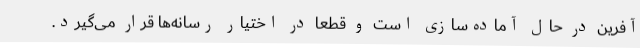
آفرین در حال آماده‌سازی است و قطعا در اختیار رسانه‌ها قرار می‌گیرد.